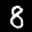
Label: 8